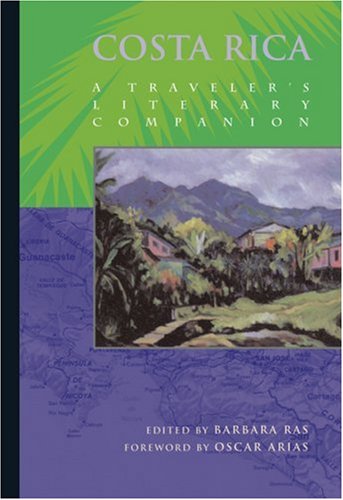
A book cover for Costa Rica: A Traveler's Literary Companion (Traveler's Literary Companions); Barbara Ras; Travel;